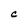
Character: C